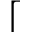
\lceil